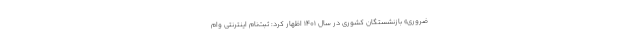
ضروری» بازنشستگان کشوری در سال ۱۴۰۱ اظهار کرد: ثبت‌نام اینترنتی وام